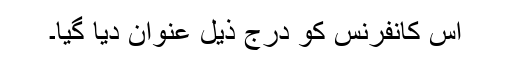
اس کانفرنس کو درج ذیل عنوان دیا گیا۔